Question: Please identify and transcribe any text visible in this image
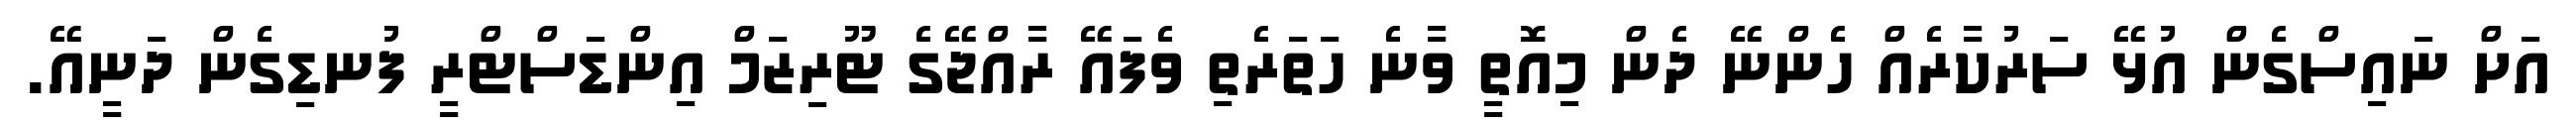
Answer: އަށް ނައިސްގެން އުޅޭ ސަރުކާރެއް ހެންނޭ ދެން މިއޮތީ ވާނެ ހަތަރެތި ވެފައޭ ރާއްޖޭގެ ޓޫރިޒަމް އިންޑަސްޓްރީ ފުނޑިގެން ދަނީއޭ.